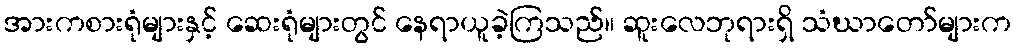
အားကစားရုံများနှင့် ဆေးရုံများတွင် နေရာယူခဲ့ကြသည်။ ဆူးလေဘုရားရှိ သံဃာတော်များက